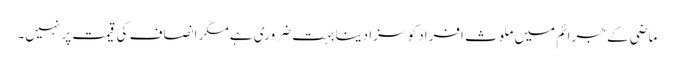
ماضی کے جرائم میں ملوث افراد کو سزا دینا بہت ضروری ہے مگر انصاف کی قیمت پر نہیں۔